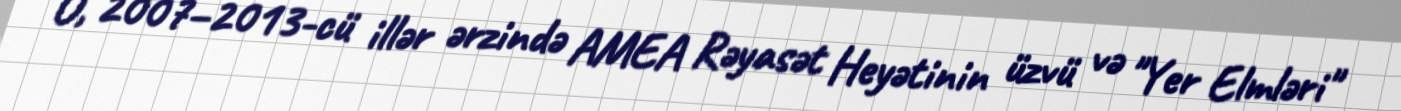
O, 2007–2013-cü illər ərzində AMEA Rəyasət Heyətinin üzvü və "Yer Elmləri"